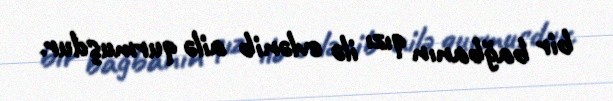
bir bağbanın qızı ilə evlənib ailə qurmuşdur.